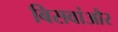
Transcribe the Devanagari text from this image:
बिसवांऔर